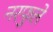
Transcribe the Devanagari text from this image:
नरफुले